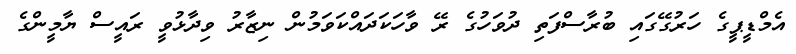
އެމްޑީޕީގެ ހަރުގޭގައި ބުރާސްފަތި ދުވަހުގެ ރޭ ވާހަކަދައްކަވަމުން ނިޒާރު ވިދާޅުވީ ރައީސް ޔާމީންގެ